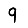
Digit: 9